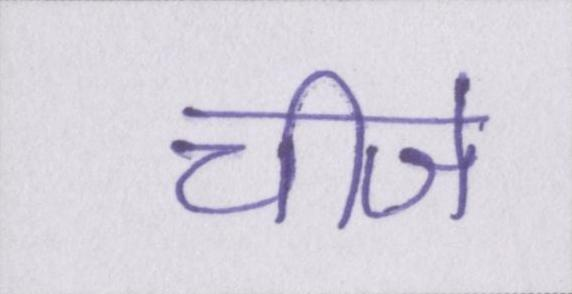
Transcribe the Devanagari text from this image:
चीजे